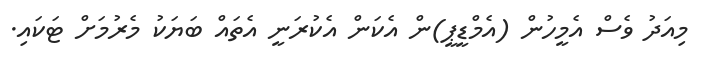
މިއަދު ވެސް އެމީހުން (އެމްޑީޕީ)ން އެކަން އެކުރަނީ އެތައް ބަޔަކު މެރުމަށް ޓަކައި.